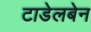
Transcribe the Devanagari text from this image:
टाडेलबेन